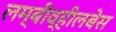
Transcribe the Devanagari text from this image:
लम्बीव्हीलबेस